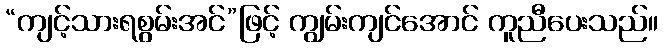
“ကျင့်သားရစွမ်းအင်”ဖြင့် ကျွမ်းကျင်အောင် ကူညီပေးသည်။